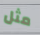
مثل